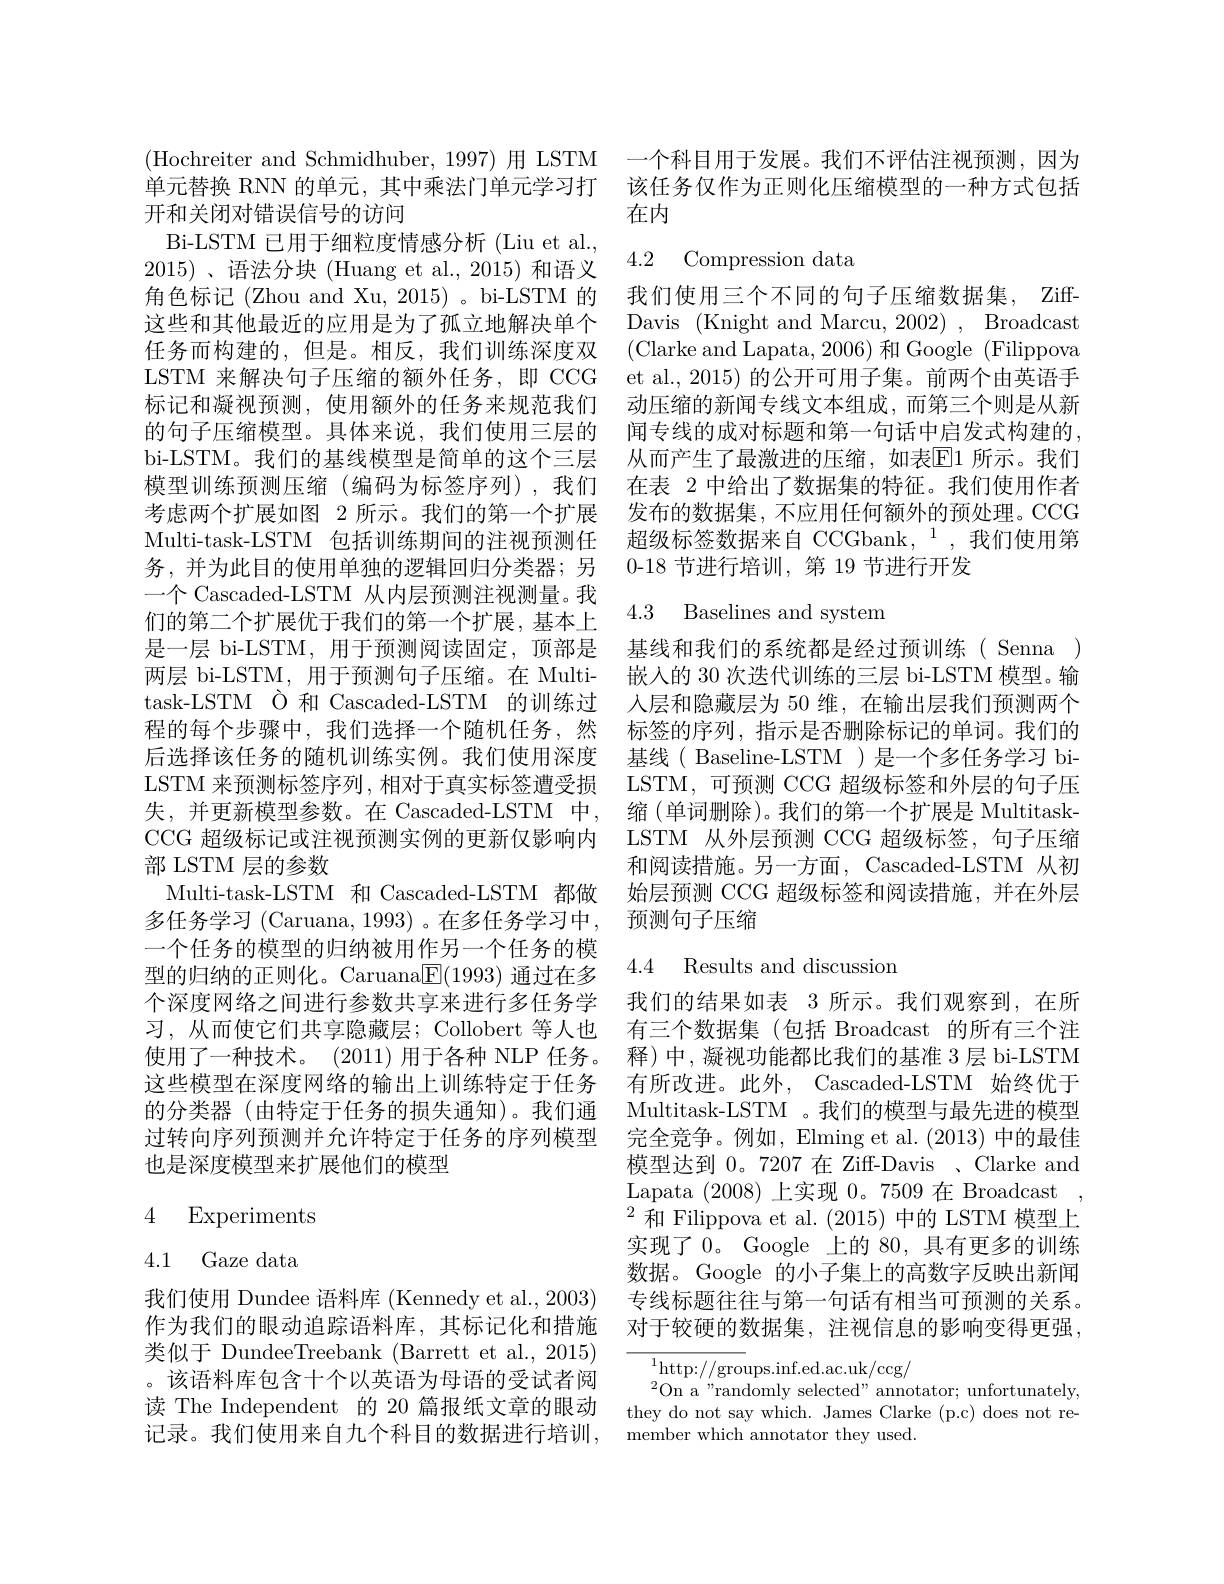
开和关闭对错误信号的访问
Bi-LSTM 已用于细粒度情感分析 (Liu et al., 2015)、语法分块(Huang et al.,2015)和语义角色标记 (Zhou and Xu, 2015) 。bi-LSTM 的这些和其他最近的应用是为了孤立地解决单个任务而构建的，但是。相反，我们训练深度双LSTM 来解决句子压缩的额外任务，即 CCG 标记和凝视预测，使用额外的任务来规范我们的句子压缩模型。具体来说，我们使用三层的bi-LSTM。我们的基线模型是简单的这个三层模型训练预测压缩(编码为标签序列),我们考虑两个扩展如图 2 所示。我们的第一个扩展Multi-task-LSTM 包括训练期间的注视预测任务，并为此目的使用单独的逻辑回归分类器；另一个 Cascaded-LSTM 从内层预测注视测量。我们的第二个扩展优于我们的第一个扩展，基本上是一层 bi-LSTM, 用于预测阅读固定，顶部是 基线和我们的系统都是经过预训练( Senna ) 两层 bi-LSTM, 用于预测句子压缩。在 Multi- 嵌人的 30 次迭代训练的三层 bi-LSTM 模型。输task-LSTM Ò 和 Cascaded-LSTM 的训练过 人层和隐藏层为 50 维，在输出层我们预测两个程的每个步骤中，我们选择一个随机任务，然 标签的序列，指示是否删除标记的单词。我们的后选择该任务的随机训练实例。我们使用深度 基线( Baseline-LSTM )是一个多任务学习 biLSTM 来预测标签序列，相对于真实标签遭受损 LSTM, 可预测 CCG 超级标签和外层的句子压失，并更新模型参数。在 Cascaded-LSTM 中，缩 (单词删除)。我们的第一个扩展是 MultitaskCCG 超级标记或注视预测实例的更新仅影响内 LSTM 从外层预测 CCG 超级标签，句子压缩部 LSTM 层的参数
Multi-task-LSTM 和 Cascaded-LSTM 都做 始层预测 CCG 超级标签和阅读措施，并在外层
多任务学习(Caruana,1993)。在多任务学习中，预测句子压缩
一个任务的模型的归纳被用作另一个任务的模型的归纳的正则化。Caruana$\underline{\mathrm{F}}(1993)$通过在多个深度网络之间进行参数共享来进行多任务学 我们的结果如表 3 所示。我们观察到，在所习，从而使它们共享隐藏层；Collobert 等人也 有三个数据集 (包括 Broadcast 的所有三个注使用了一种技术。(2011) 用于各种 NLP 任务。释)中，凝视功能都比我们的基准 3 层 bi-LSTM 这些模型在深度网络的输出上训练特定于任务 有所改进。此外，Cascaded-LSTM 始终优于的分类器 (由特定于任务的损失通知)。我们通 Multitask-LSTM 。我们的模型与最先进的模型过转向序列预测并允许特定于任务的序列模型
也是深度模型来扩展他们的模型

## 4 Experiments

4.1 Gaze data

。该语料库包含十个以英语为母语的受试者阅
读 The Independent 的 20 篇报纸文章的眼动 they do not say which. James Clarke (p.c) does not re-
记录。我们使用来自九个科目的数据进行培训，member which annotator they used

(Hochreiter and Schmidhuber, 1997) 用 LSTM 一个科目用于发展。我们不评估注视预测，因为单元替换 RNN 的单元，其中乘法门单元学习打 该任务仅作为正则化压缩模型的一种方式包括
在内

## 4.2 Compression data

我们使用三个不同的句子压缩数据集，ZiffDavis (Knight and Marcu, 2002) , Broadcast (Clarke and Lapata, 2006) 和 Google (Filippova et al., 2015) 的公开可用子集。前两个由英语手动压缩的新闻专线文本组成，而第三个则是从新闻专线的成对标题和第一句话中启发式构建的， 从而产生了最激进的压缩，如表$\overline{\mathrm{E}}$1 所示。我们在表 2 中给出了数据集的特征。我们使用作者发布的数据集，不应用任何额外的预处理。CCG 超级标签数据来自 CCGbank,$^{1}$,我们使用第0-18 节进行培训，第 19 节进行开发

## 4.3 Baselines and system

和阅读措施。另一方面，Cascaded-LSTM 从初

## 4.4 Results and discussion

完全竞争。例如，Elming et al. (2013)中的最佳模型达到 0。7207 在 Ziff-Davis 、Clarke and Lapata (2008)上实现0。7509 在 Broadcast , $^{2}$和 Filippova et al. (2015) 中的 LSTM 模型上实现了 0。Google 上的 80, 具有更多的训练数据。Google 的小子集上的高数字反映出新闻
我们使用 Dundee 语料库 (Kennedy et al.,2003) 专线标题往往与第一句话有相当可预测的关系。作为我们的眼动追踪语料库，其标记化和措施 对于较硬的数据集，注视信息的影响变得更强，

$^{2}$On a"randomly selected" annotator; unfortunately,